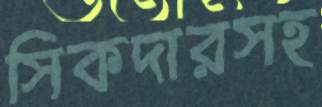
সিকদারসহ